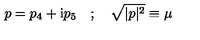
p = p _ { 4 } + \mathrm { i } p _ { 5 } \quad ; \quad \sqrt { | p | ^ { 2 } } \equiv \mu